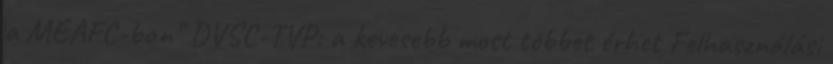
a MEAFC-ban” DVSC-TVP: a kevesebb most többet érhet Felhasználási